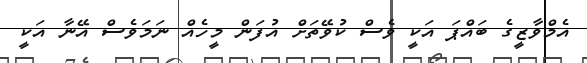
އެމްވާޒީގެ ބައްޕަ އަކީ ވެސް ކުވޭތަށް އުފަން މީހެއް ނަަމަވެސް އޭނާ އަކީ